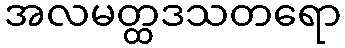
အလမတ္ထဒသတရော